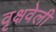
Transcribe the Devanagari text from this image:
वृक्षवेली